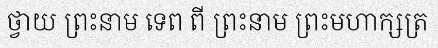
ថ្វាយ ព្រះនាម ទេព ពី ព្រះនាម ព្រះមហាក្សត្រ